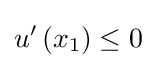
u'\left(x_{1}\right)\leq 0